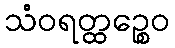
သံဝရတ္ထဉ္စေဝ